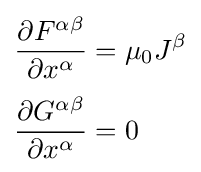
{\begin{aligned}{\frac {\partial F^{\alpha \beta }}{\partial x^{\alpha }}}&=\mu _{0}J^{\beta }\\[3pt]{\frac {\partial G^{\alpha \beta }}{\partial x^{\alpha }}}&=0\end{aligned}}